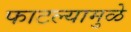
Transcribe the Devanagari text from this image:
फाटल्यामुळे